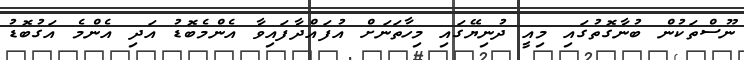
ނޫސްތަކުން ބުނާގޮތުގައި މިއީ ދުނިޔޭގައި މިހާތަނަށް އުފައްދާފައިވާ އެންމެބޮޑު އަދި އެންމެ އަގުބޮޑު